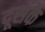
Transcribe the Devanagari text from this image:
दूसके